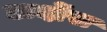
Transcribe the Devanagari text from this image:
अर्दोस